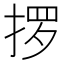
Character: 𫽋